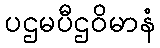
ပဌမပီဌဝိမာနံ